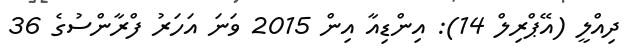
ދިއްލީ (އޭޕްރިލް 14): އިންޑިއާ އިން 2015 ވަނަ އަހަރު ފްރާންސުގެ 36